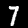
Label: 7